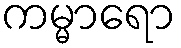
ကမ္မာရော